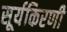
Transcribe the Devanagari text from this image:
सूर्यकिरणी